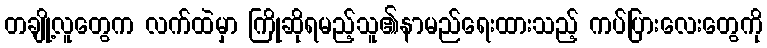
တချို့လူတွေက လက်ထဲမှာ ကြိုဆိုရမည့်သူ၏နာမည်ရေးထားသည့် ကပ်ပြားလေးတွေကို